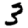
Digit: 3